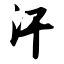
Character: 汗